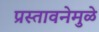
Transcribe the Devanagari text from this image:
प्रस्तावनेमुळे